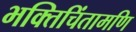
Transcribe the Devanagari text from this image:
भक्तिचिंतामणि